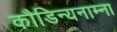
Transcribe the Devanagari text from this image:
कौडिन्यनाम्ना